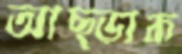
আছ্‌ড়াক